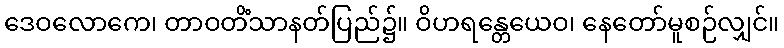
ဒေဝလောကေ၊ တာဝတိံသာနတ်ပြည်၌။ ဝိဟရန္တေယေဝ၊ နေတော်မူစဉ်လျှင်။